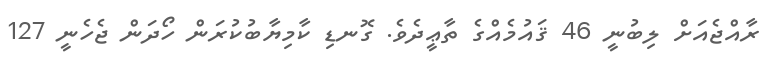
ރާއްޖެއަށް ލިބުނީ 46 ޤައުމެއްގެ ތާޢީދެވެ. ގޮނޑި ކާމިޔާބުކުރަން ހޯދަން ޖެހެނީ 127